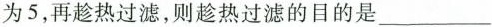
为5，再趁热过滤，则趁热过滤的目的是___